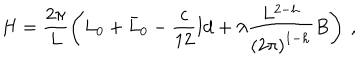
H = \frac { 2 \pi } { L } \left( L _ { 0 } + \bar { L } _ { 0 } - \frac { c } { 1 2 } { \mathrm { I d } } + \lambda \frac { L ^ { 2 - h } } { \left( 2 \pi \right) ^ { 1 - h } } B \right) \: ,